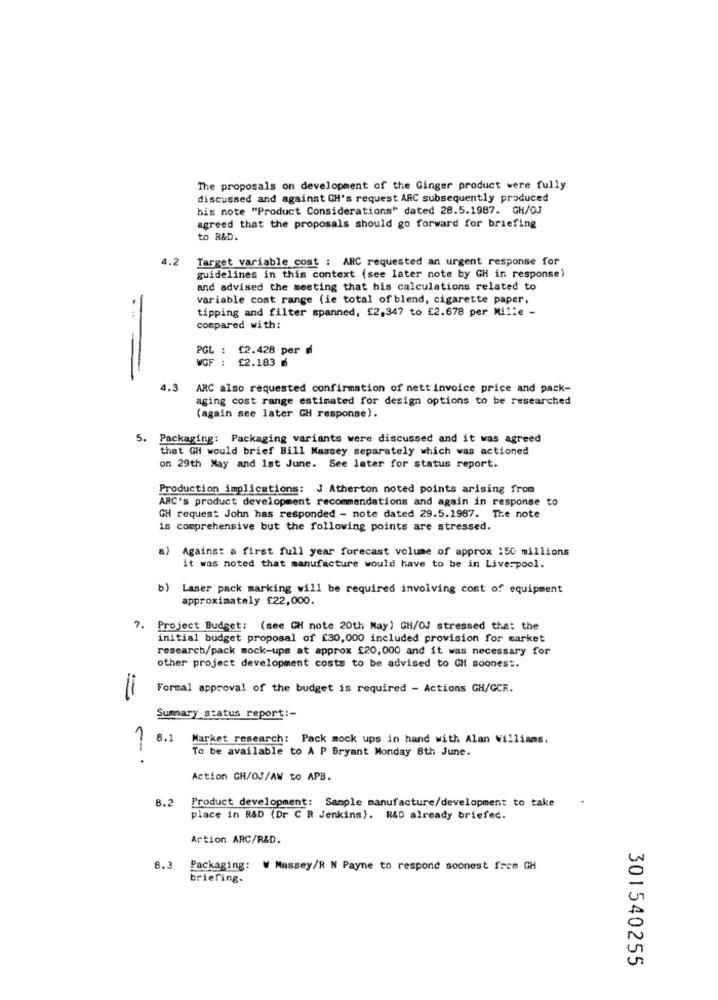
The proposals on development of the Ginger product were fully
discussed and against GH's request ARC subsequently produced
his note "Product Considerations" dated 28.5.1987. GH/OJ
agreed that the proposals should go forward for briefing
to R&D.
4.2
Target variable cost : ARC requested an urgent response for
guidelines in this context (see later note by GH in response)
and advised the meeting that his calculations related to
variable cost range (ie total of blend, cigarette paper,
-
tipping and filter spanned, f2,347 to £2.678 per Mille -
compared with:
PGL : £2.428 per
WOF : £2.183 M
4.3
ARC also requested confirmation of nett invoice price and pack-
aging cost range estimated for design options to be researched
(again see later GH response).
5.
Packaging: Packaging variants were discussed and it was agreed
thet GH would brief Bill Massey separately which was actioned
on 29th May and Ist June. See later for status report.
Production implications: J Atherton noted points arising from
ARC's product development recommendations and again in response to
GH reques: John has responded - note dated 29.5.1987. The note
is comprehensive but the following points are stressed.
Against a first full year forecast volume of approx 150 millions
it was noted that manufacture would have to be in Liverpool.
) Laser pack marking will be required involving cost of equipment
approximately £22,000.
1.
Project Budget: (see GH note 20th May) GH/OJ stressed the: the
initial budget proposal of £30,000 included provision for market
research/pack mock-ups at approx £20,000 and it was necessary for
other project development costs to be advised to CHf soonest.
Formal approval of the budget is required - Actions GH/GCR.
=
Summary status report :-
1
8.1
Market research: Pack mock ups in hand with Alan Williams.
To be available to A P Bryant Monday 8th June.
Action CH/OJ/AW to APB.
8.2
Product development: Sample manufacture/development to take
place in R&D (Dr C R Jenkins). R&D already briefec.
Action ARC/R&D.
8.
Packaging: W Massey/R N Payne to respond soonest frem GH
briefing.
301540255